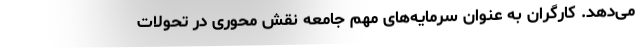
می‌دهد. کارگران به عنوان سرمایه‌های مهم جامعه نقش محوری در تحولات